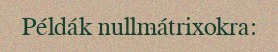
Példák nullmátrixokra: